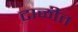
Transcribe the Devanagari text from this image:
टाळीत